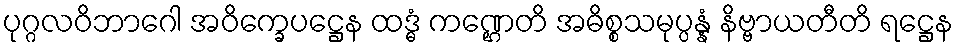
ပုဂ္ဂလဝိဘာဂေါ အဝိက္ခေပဋ္ဌေန ထဒ္ဓံ ကဏ္ဌေတိ အဓိစ္စသမုပ္ပန္နံ နိဗ္ဗာယတီတိ ရဋ္ဌေန